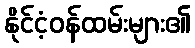
နိုင်ငံ့ဝန်ထမ်းများ၏